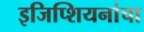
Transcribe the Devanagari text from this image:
इजिप्शियनांचा